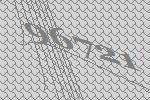
96721